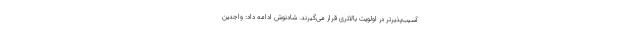
آسیب‌پذیرتر در اولویت بالاتری قرار می‌گیرند. شادنوش ادامه داد: واجدین